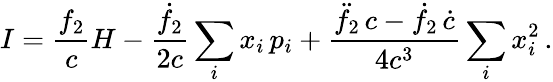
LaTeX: I=\frac{f_{2}}{c}H-\frac{\dot{f}_{2}}{2c}\sum_{i}x_{i}\, p_{i}+\frac{\ddot{f}_{2}\, c-\dot{f}_{2}\, \dot{c}}{4c^{3}}\sum_{i}x_{i}^{2}\, .